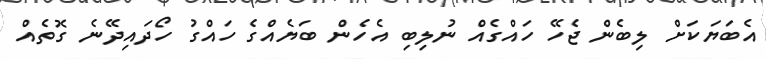
އެބަޔަކަށް ލިބެން ޖެހޭ ހައްގެއް ނުލިބި އެހެން ބަޔެއްގެ ހައްގު ހޯދައިދޭނެ ގޮތެއް